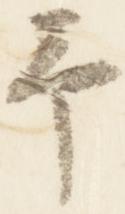
予